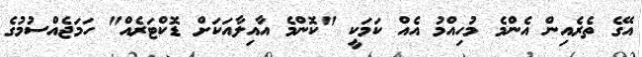
އޭގެ ތެރެއިން އެންމެ މުހިއްމު އެއް ކަމަކީ "ކޮންމެ އާއިލާއަކަށް ޑޮކްޓަރެއް" ހަމަޖެއްސުމުގެ